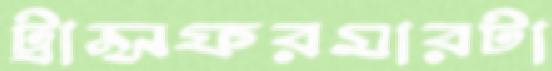
ট্রান্সফরমারটা